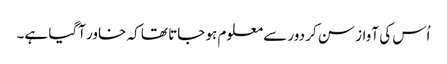
اُس کی آواز سن کر دور سے معلوم ہو جاتا تھا کہ خاور آگیا ہے۔